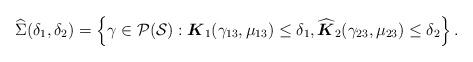
LaTeX: \begin{align*}\widehat{\Sigma}(\delta_1, \delta_2) = \left\{ \gamma \in \mathcal{P}(\mathcal{S}): \boldsymbol{K}_1( \gamma_{13}, \mu_{13}) \leq \delta_1, \widehat{\boldsymbol{K}}_2( \gamma_{23}, \mu_{23}) \leq \delta_2 \right\}.\end{align*}